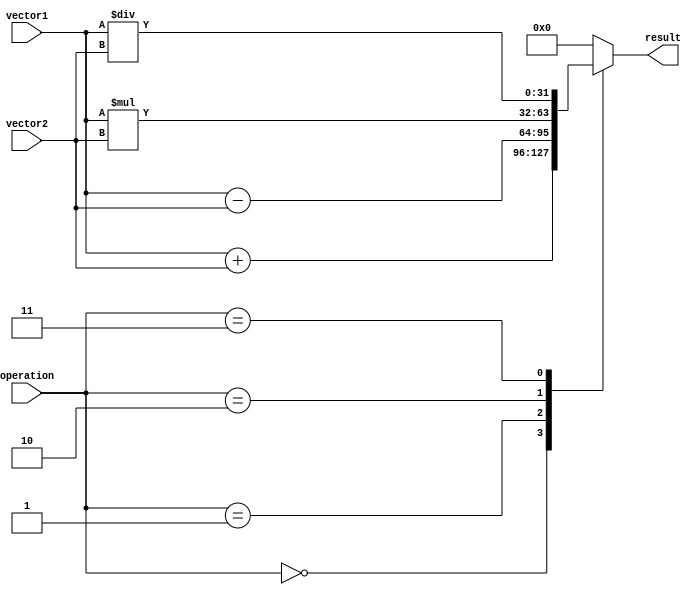
module VectorALU (
    input wire [31:0] vector1,
    input wire [31:0] vector2,
    input wire [2:0] operation,
    output reg [31:0] result
);

always @ (*)
begin
    case(operation)
        3'b000: result = vector1 + vector2; // Addition
        3'b001: result = vector1 - vector2; // Subtraction
        3'b010: result = vector1 * vector2; // Multiplication
        3'b011: result = vector1 / vector2; // Division
        default: result = 32'b0; // Default to 0 for invalid operation
    endcase
end

endmodule